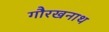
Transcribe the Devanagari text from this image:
गौरखनाथ